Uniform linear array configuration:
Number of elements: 48
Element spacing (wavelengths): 1
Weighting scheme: binomial
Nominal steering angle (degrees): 30
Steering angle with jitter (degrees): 28.884
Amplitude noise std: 0.05
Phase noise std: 0.05

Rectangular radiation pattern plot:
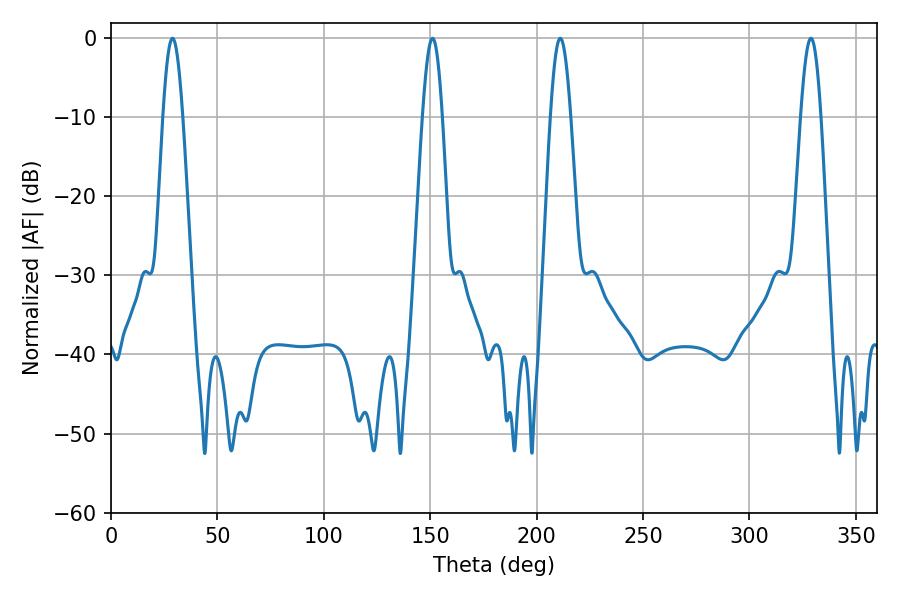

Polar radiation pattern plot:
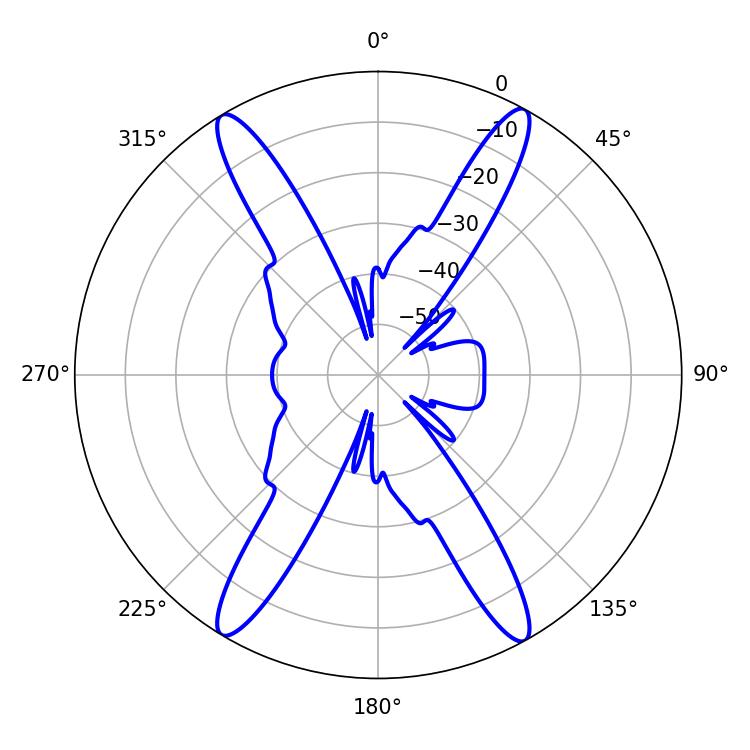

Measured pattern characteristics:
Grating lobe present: TRUE
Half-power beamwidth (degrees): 5.04
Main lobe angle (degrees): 211.14